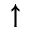
\uparrow